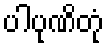
ပါပုဏိတုံ